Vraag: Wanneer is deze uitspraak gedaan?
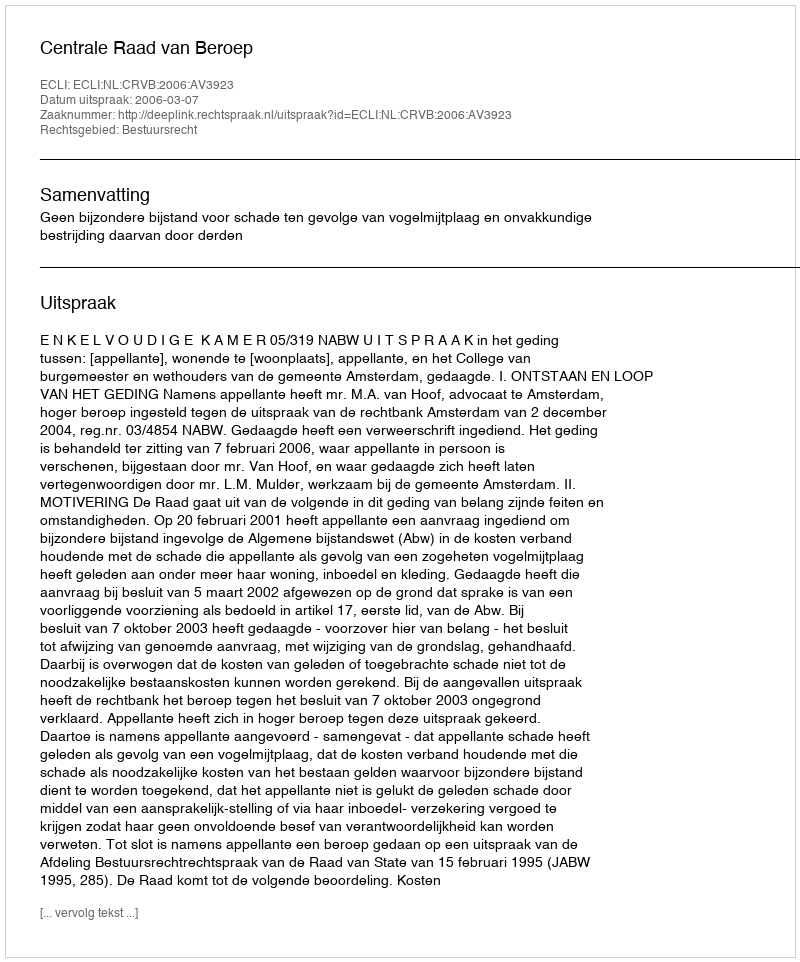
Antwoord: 2006-03-07